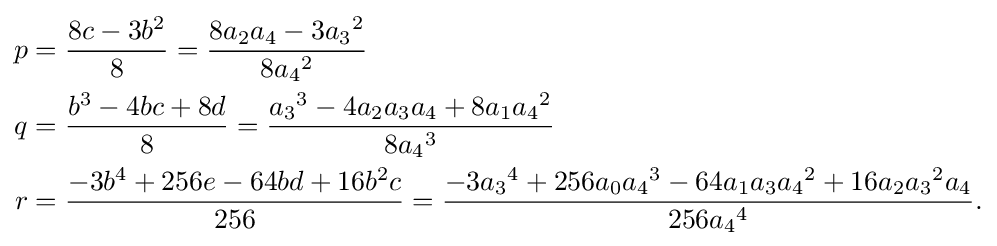
{\begin{aligned}p&={\frac {8c-3b^{2}}{8}}={\frac {8a_{2}a_{4}-3{a_{3}}^{2}}{8{a_{4}}^{2}}}\\q&={\frac {b^{3}-4bc+8d}{8}}={\frac {{a_{3}}^{3}-4a_{2}a_{3}a_{4}+8a_{1}{a_{4}}^{2}}{8{a_{4}}^{3}}}\\r&={\frac {-3b^{4}+256e-64bd+16b^{2}c}{256}}={\frac {-3{a_{3}}^{4}+256a_{0}{a_{4}}^{3}-64a_{1}a_{3}{a_{4}}^{2}+16a_{2}{a_{3}}^{2}a_{4}}{256{a_{4}}^{4}}}.\end{aligned}}